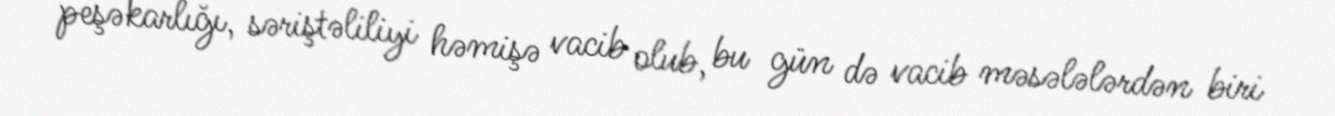
peşəkarlığı, səriştəliliyi həmişə vacib olub, bu gün də vacib məsələlərdən biri